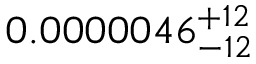
0 . 0 0 0 0 0 4 6 _ { - 1 2 } ^ { + 1 2 }